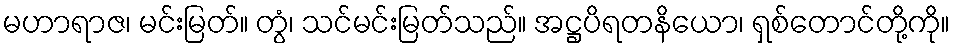
မဟာရာဇ၊ မင်းမြတ်။ တွံ၊ သင်မင်းမြတ်သည်။ အဋ္ဌပိရတနိယော၊ ရှစ်တောင်တို့ကို။